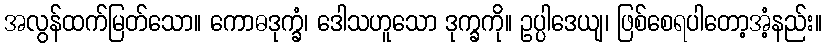
အလွန်ထက်မြတ်သော။ ကောဓဒုက္ခံ၊ ဒေါသဟူသော ဒုက္ခကို။ ဥပ္ပါဒေယျ၊ ဖြစ်စေရပါတော့အံ့နည်း။